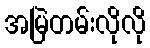
အမြဲတမ်းလိုလို